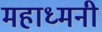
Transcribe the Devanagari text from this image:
महाध्मनी